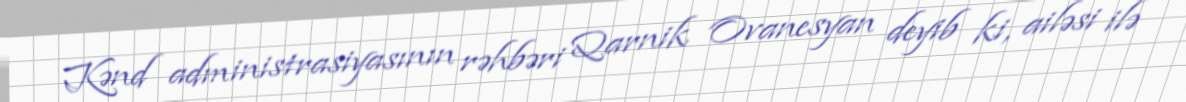
Kənd administrasiyasının rəhbəri Qarnik Ovanesyan deyib ki, ailəsi ilə